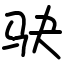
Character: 𫘝